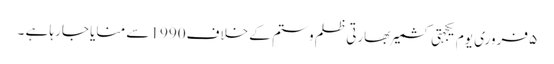
۵ فروری یوم یکجہتی کشمیر بھارتی ظلم و ستم کے خلاف1990 سے منایا جارہا ہے ۔